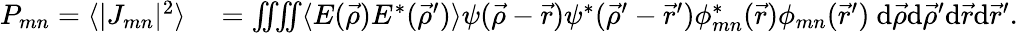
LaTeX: \begin{array}{rl}{P_{mn}=\langle|J_{mn}|^{2}\rangle}&{{}=\iiiint\langle E(\vec{\rho})E^{*}(\vec{\rho}^{\prime})\rangle\psi(\vec{\rho}-\vec{r})\psi^{*}(\vec{\rho}^{\prime}-\vec{r}^{\prime})\phi_{mn}^{*}(\vec{r})\phi_{mn}(\vec{r}^{\prime})\ \mathrm{d}\vec{\rho}\mathrm{d}\vec{\rho}^{\prime}\mathrm{d}\vec{r}\mathrm{d}\vec{r}^{\prime}.}\end{array}